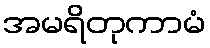
အမရိတုကာမံ